Scottish Leaving Certificate Examination, 1953
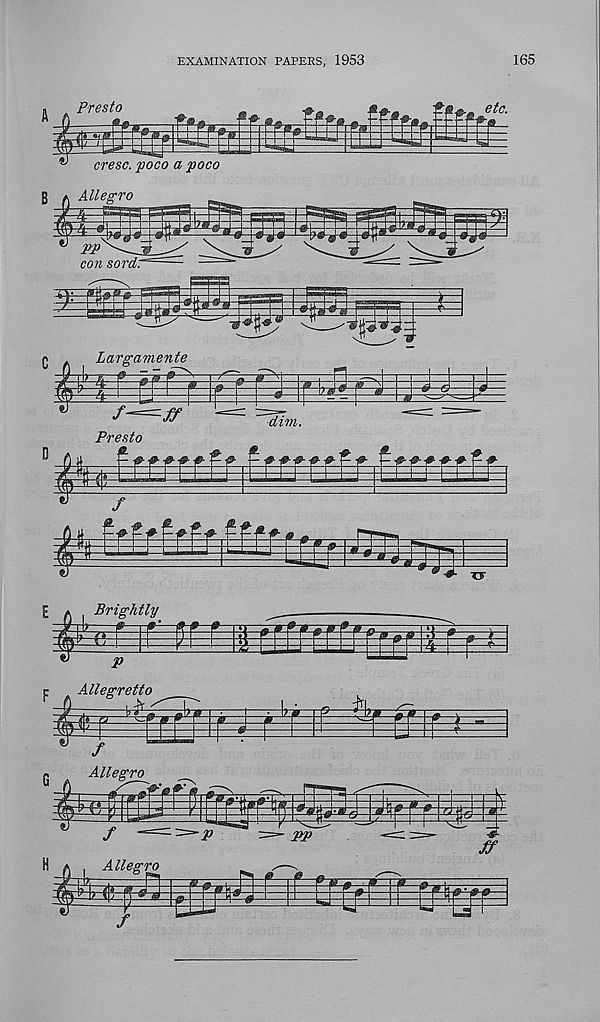
EXAMINATION PAPERS, 1953
165
Presto
mxcff i torlr.
/